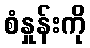
စံနှုန်းကို